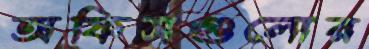
অফিসগুলোর